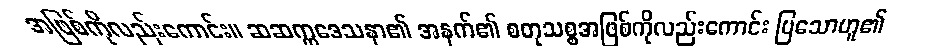
အဖြစ်ကိုလည်းကောင်း။ ဆဆက္ကဒေသနာ၏ အနက်၏ စတုသစ္စအဖြစ်ကိုလည်းကောင်း ပြသောဟူ၏